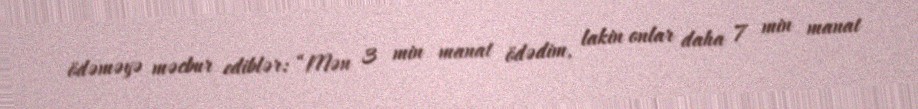
ödəməyə məcbur ediblər: “Mən 3 min manat ödədim, lakin onlar daha 7 min manat